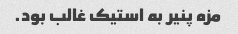
مزه پنیر به استیک غالب بود.